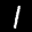
Label: 1